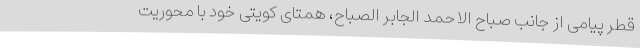
قطر پیامی از جانب صباح الاحمد الجابر الصباح، همتای کویتی خود با محوریت